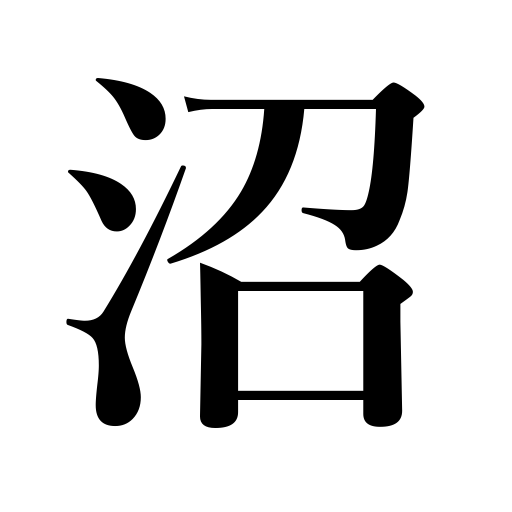
Meanings: pond,lake,swamp,bog